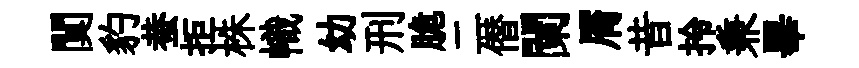
闃豹蛬拒株幟幼刑脆二僣闌屑昔拎兼畢